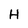
Character: H